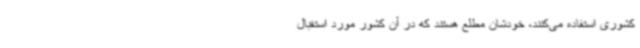
کشوری استفاده می‌کنند، خودشان مطلع هستند که در آن کشور مورد استقبال